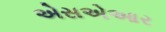
એસએઆર